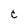
Character: C